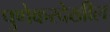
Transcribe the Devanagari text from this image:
पुणेकरदेखील